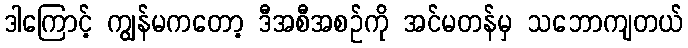
ဒါကြောင့် ကျွန်မကတော့ ဒီအစီအစဉ်ကို အင်မတန်မှ သဘောကျတယ်